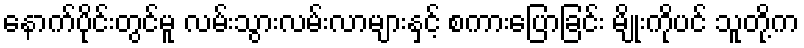
နောက်ပိုင်းတွင်မူ လမ်းသွားလမ်းလာများနှင့် စကားပြောခြင်း မျိုးကိုပင် သူတို့က